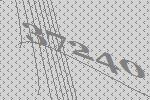
37240